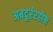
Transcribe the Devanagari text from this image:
अबदुर्ररहीम